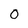
Character: 0